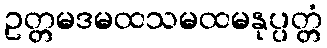
ဥတ္တမဒမထသမထမနုပ္ပတ္တံ